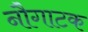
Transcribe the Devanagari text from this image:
नौगाटक